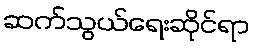
ဆက်သွယ်ရေးဆိုင်ရာ